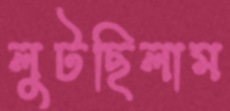
লুটছিলাম